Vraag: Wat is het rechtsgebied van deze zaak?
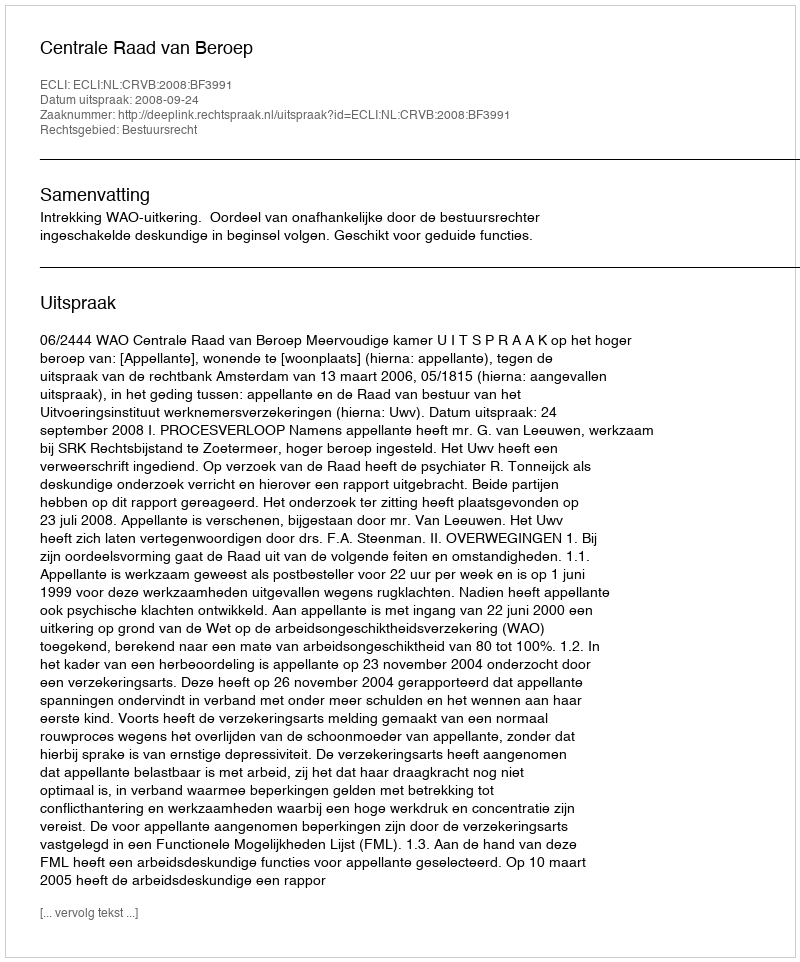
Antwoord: Bestuursrecht